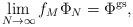
LaTeX: \begin{align*}\lim_{N\to\infty}f_M\Phi_N=\Phi^{\operatorname{gs}},\end{align*}